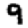
Digit: 9